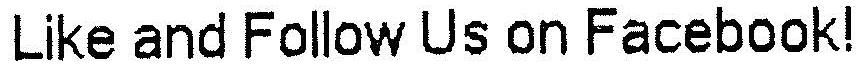
LIKE AND FOLLOW US ON FACEBOOK!